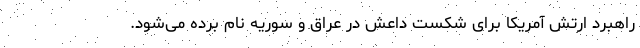
راهبرد ارتش آمریکا برای شکست داعش در عراق و سوریه نام برده می‌شود.